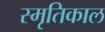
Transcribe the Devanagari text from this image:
स्मृतिकाल